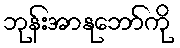
ဘုန်းအာနုဘော်ကို